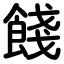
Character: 餞